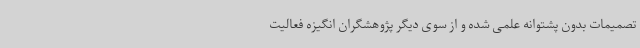
تصمیمات بدون پشتوانه علمی شده و از سوی دیگر پژوهشگران انگیزه فعالیت